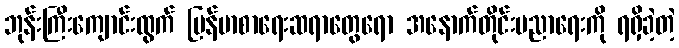
ဘုန်းကြီးကျောင်းထွက် မြန်မာစာရေးဆရာတွေရော အနောက်တိုင်းပညာရေးကို ရရှိခဲ့တဲ့